Document type: Enfranchisement
Year: 1297
Scribe: Jaume de Trilla
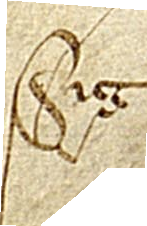
Sig